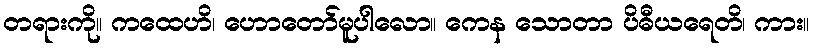
တရားကို။ ကထေဟိ၊ ဟောတော်မူပါလော။ ကေန သောတာ ပိဓီယရေတိ၊ ကား။